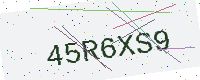
Text: 45R6XS9